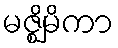
မဇ္ဈိမိကာ